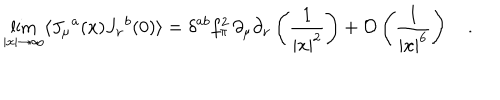
\lim _ { | x | \to \infty } \langle J _ { \mu } { } ^ { a } ( x ) J _ { \nu } { } ^ { b } ( 0 ) \rangle = \delta ^ { a b } f _ { \pi } ^ { 2 } \, \partial _ { \mu } \partial _ { \nu } \left( \frac { 1 } { | x | ^ { 2 } } \right) + { \cal O } \left( \frac { 1 } { | x | ^ { 6 } } \right) \quad .